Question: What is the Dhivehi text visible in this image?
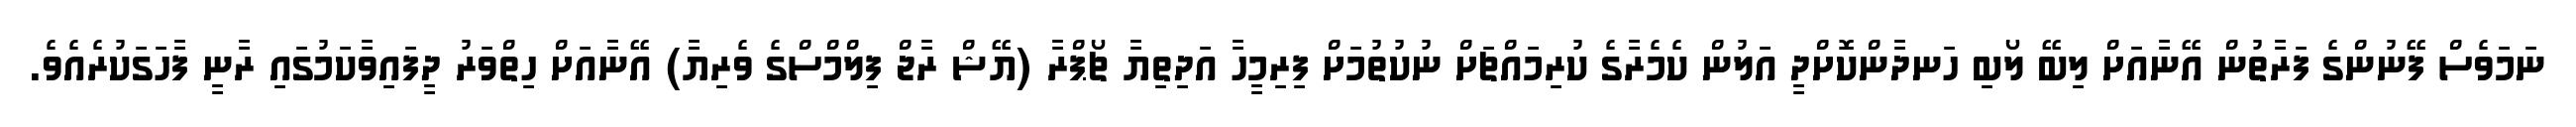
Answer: ނަމަވެސް ފޭނުންގެ ފަރާތުން އޭނާއަށް ލިބޭ ލޯބި ހަނދާންކޮށްދީ އަލުން ކެމެރާގެ ކުރިމައްޗަށް ނުކުތުމަށް ފިރިމީހާ އަދިތިޔާ ޗޯޕްރާ (ޔޭޝް ރާޖް ފިލްމްސްގެ ވެރިޔާ) އޭނާއަށް ހިތްވަރު ދީފައިވާކަމުގައި ރާނީ ފާހަގަކުރެއެވެ.